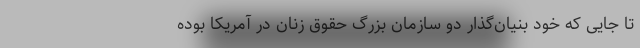
تا جایی که خود بنیان‌گذار دو سازمان بزرگ حقوق زنان در آمریکا بوده